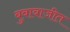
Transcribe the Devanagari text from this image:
बुवाबाजीत